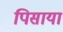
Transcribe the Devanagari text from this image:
पिसाया